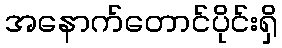
အနောက်တောင်ပိုင်းရှိ